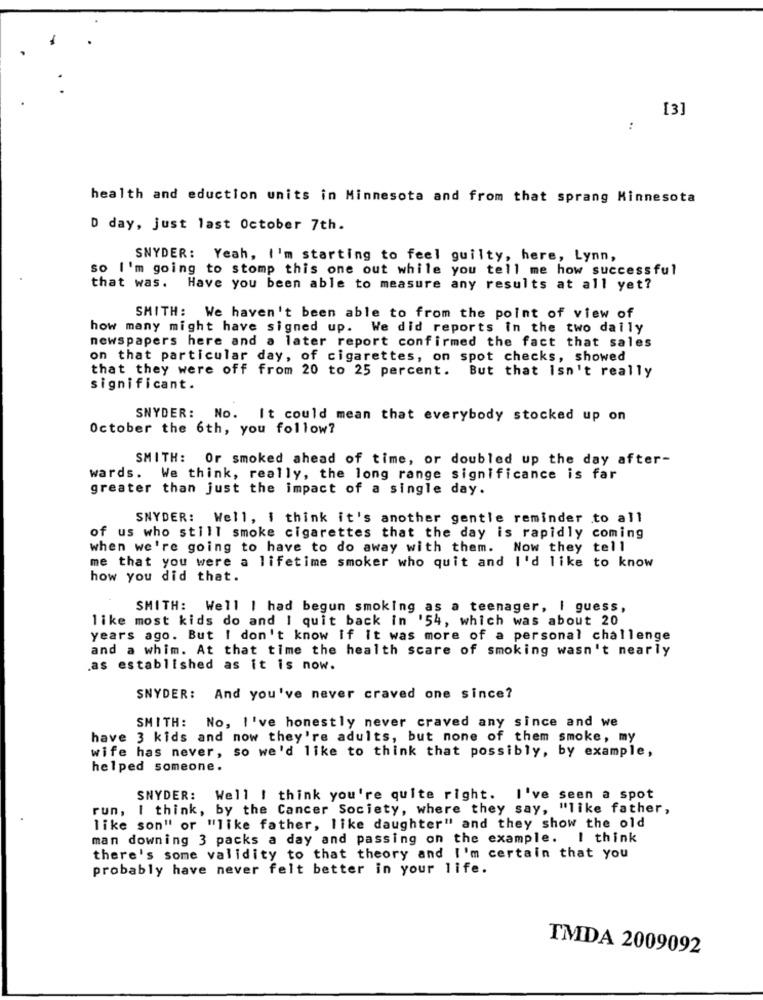
[3]
:
health and eduction units in Minnesota and from that sprang Minnesota
D day, just last October 7th.
SNYDER: Yeah, I'm starting to feel guilty, here, Lynn,
so I'm going to stomp this one out while you tell me how successful
that was. Have you been able to measure any results at all yet?
SMITH: We haven't been able to from the point of view of
how many might have signed up. We did reports in the two daily
newspapers here and a later report confirmed the fact that sales
on that particular day, of cigarettes, on spot checks, showed
that they were off from 20 to 25 percent. But that isn't really
significant.
SNYDER: No. It could mean that everybody stocked up on
October the 6th, you follow?
SMITH: Or smoked ahead of time, or doubled up the day after-
wards. We think, really, the long range significance is far
greater than just the impact of a single day.
SNYDER: Well, I think it's another gentle reminder .to all
of us who still smoke cigarettes that the day is rapidly coming
when we're going to have to do away with them. Now they tell
me that you were a lifetime smoker who quit and I'd like to know
how you did that.
SMITH: Well | had begun smoking as a teenager, I guess,
like most kids do and I quit back in '54, which was about 20
years ago. But I don't know if it was more of a personal challenge
and a whim. At that time the health scare of smoking wasn't nearly
.as established as it is now.
SNYDER: And you've never craved one since?
SMITH: No, I've honestly never craved any since and we
have 3 kids and now they're adults, but none of them smoke, my
wife has never, so we'd like to think that possibly, by example,
helped someone.
SNYDER: Well I think you're quite right. I've seen a spot
run, I think, by the Cancer Society, where they say, "like father,
like son" or "like father, like daughter" and they show the old
man downing 3 packs a day and passing on the example. I think
there's some validity to that theory and I'm certain that you
probably have never felt better in your life.
TMDA 2009092